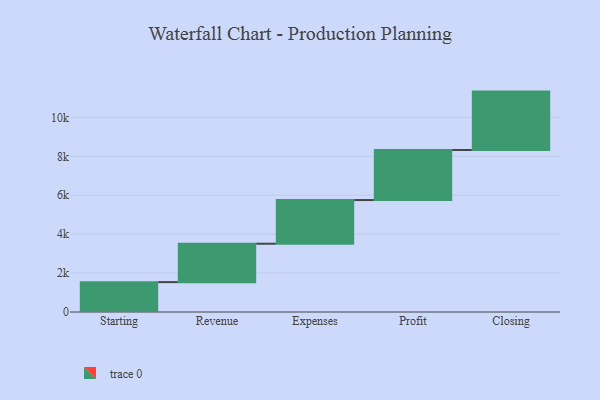
{"axis": {"x": "Step", "y": "Value"}, "legend": [""], "data": [{"x": "Starting", "y": 1535.0, "type": ""}, {"x": "Revenue", "y": 1974.0, "type": ""}, {"x": "Expenses", "y": 2244.0, "type": ""}, {"x": "Profit", "y": 2572.0, "type": ""}, {"x": "Closing", "y": 3000, "type": ""}]}